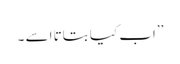
’’اب کیا بتاتا اسے ۔